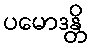
ပမောဒန္တိ